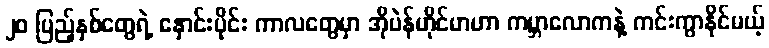
၂၀ ပြည့်နှစ်တွေရဲ့ နှောင်းပိုင်း ကာလတွေမှာ အိုပဲန်ဟိုင်မာဟာ ကမ္ဘာလောကနဲ့ ကင်းကွာနိုင်မယ့်